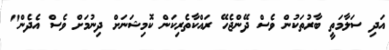
އަދި ސަލާމަތީ ބާރުތަކުން ވެސް ދޭންޖެހޭ ރައްކާތެރިކަން ކޮމިޝަނަށް ދިނުމަށް ވެސް އެދެން"